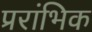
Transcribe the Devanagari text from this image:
प्ररांभिक